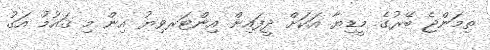
ތިމަންޖެ ބޭރުގެ މީޑިޔާ އަކަށް ދީފައިން އިންޓަރވިޔު އިން މި ޤައުމު އަގު